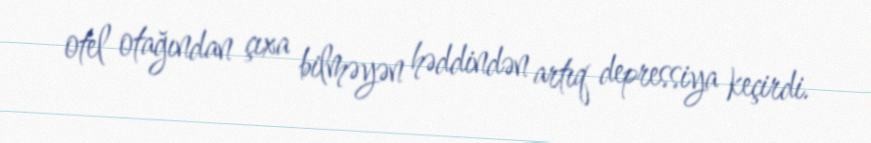
otel otağından çıxa bilməyən həddindən artıq depressiya keçirdi.